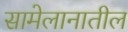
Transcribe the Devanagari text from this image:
सामेलानातील